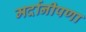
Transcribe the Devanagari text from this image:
मर्दानीपणा